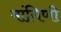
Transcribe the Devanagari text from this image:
मांगिणी